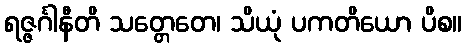
ရဇ္ဇင်္ဂါနီတိ သတ္တေတေ၊ သိယုံ ပကတိယော ပိစ။